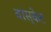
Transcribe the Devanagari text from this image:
बास्‍केट